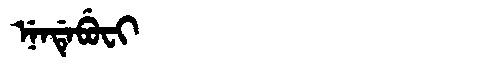
Manchu: ᠨᡝᠨᡩᡝᠪᡠᠸᡳ
Romanization: NENDEBUFI